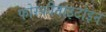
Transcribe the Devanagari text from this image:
फोस्फीनाइटोइन